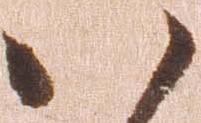
い